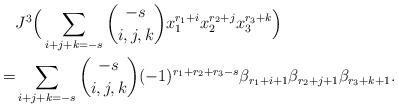
\begin{align*}&J^3\Big(\sum_{i+j+k=-s}\binom{-s}{i,j,k}x_1^{r_1+i}x_2^{r_2+j}x_3^{r_3+k}\Big) \\=&\sum_{i+j+k=-s}\binom{-s}{i,j,k}(-1)^{r_1+r_2+r_3-s}\beta_{r_1+i+1}\beta_{r_2+j+1}\beta_{r_3+k+1}.\end{align*}